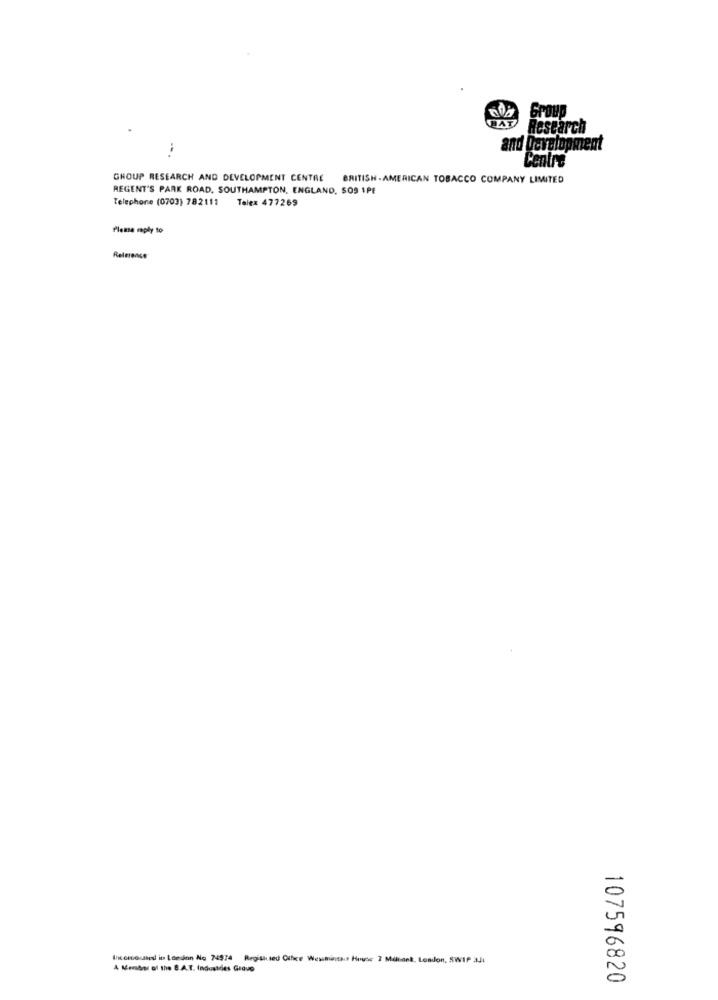
DAT
GrOUD
Research
and Development
Centro
GROUP RESEARCH AND DEVELOPMENT CENTRE
BRITISH AMERICAN TOBACCO COMPANY LIMITED
REGENT'S PARK ROAD. SOUTHAMPTON, ENGLAND, SOS IPE
Telephone (0703) 782111 Telex 477269
Please reply to
Reference
Incercousest in London Ao 74974 Registused Oufice Westmintscs House 7 Milant, London, SWIP 3i
A Member of the B.A.T. Industides Grave
107596820